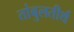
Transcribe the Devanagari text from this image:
तांबुलतीर्थ